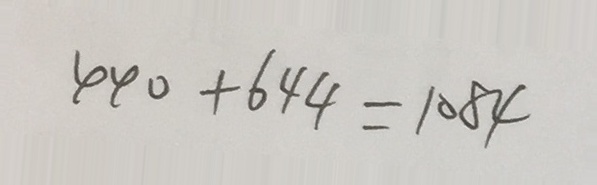
4 4 0 + 6 4 4 = 1 0 8 4